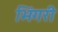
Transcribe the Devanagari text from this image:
भिंगरी